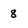
Character: 8